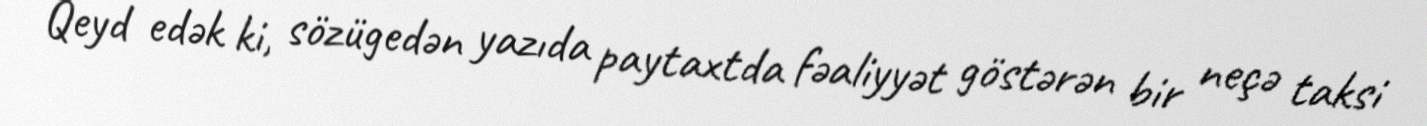
Qeyd edək ki, sözügedən yazıda paytaxtda fəaliyyət göstərən bir neçə taksi